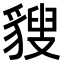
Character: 𧳶